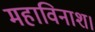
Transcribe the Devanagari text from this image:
महाविनाश।